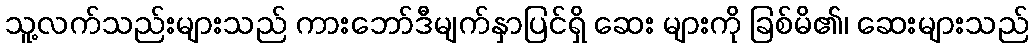
သူ့လက်သည်းများသည် ကားဘော်ဒီမျက်နှာပြင်ရှိ ဆေး များကို ခြစ်မိ၏၊ ဆေးများသည်